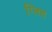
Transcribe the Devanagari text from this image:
ग्लिच